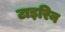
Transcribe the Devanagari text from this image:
टाइरिन